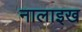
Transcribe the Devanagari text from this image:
नालाइख